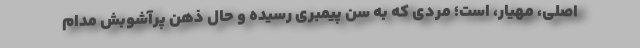
اصلی، مهیار، است؛ مردی که به سن پیمبری رسیده و حال ذهن پرآشوبش مدام